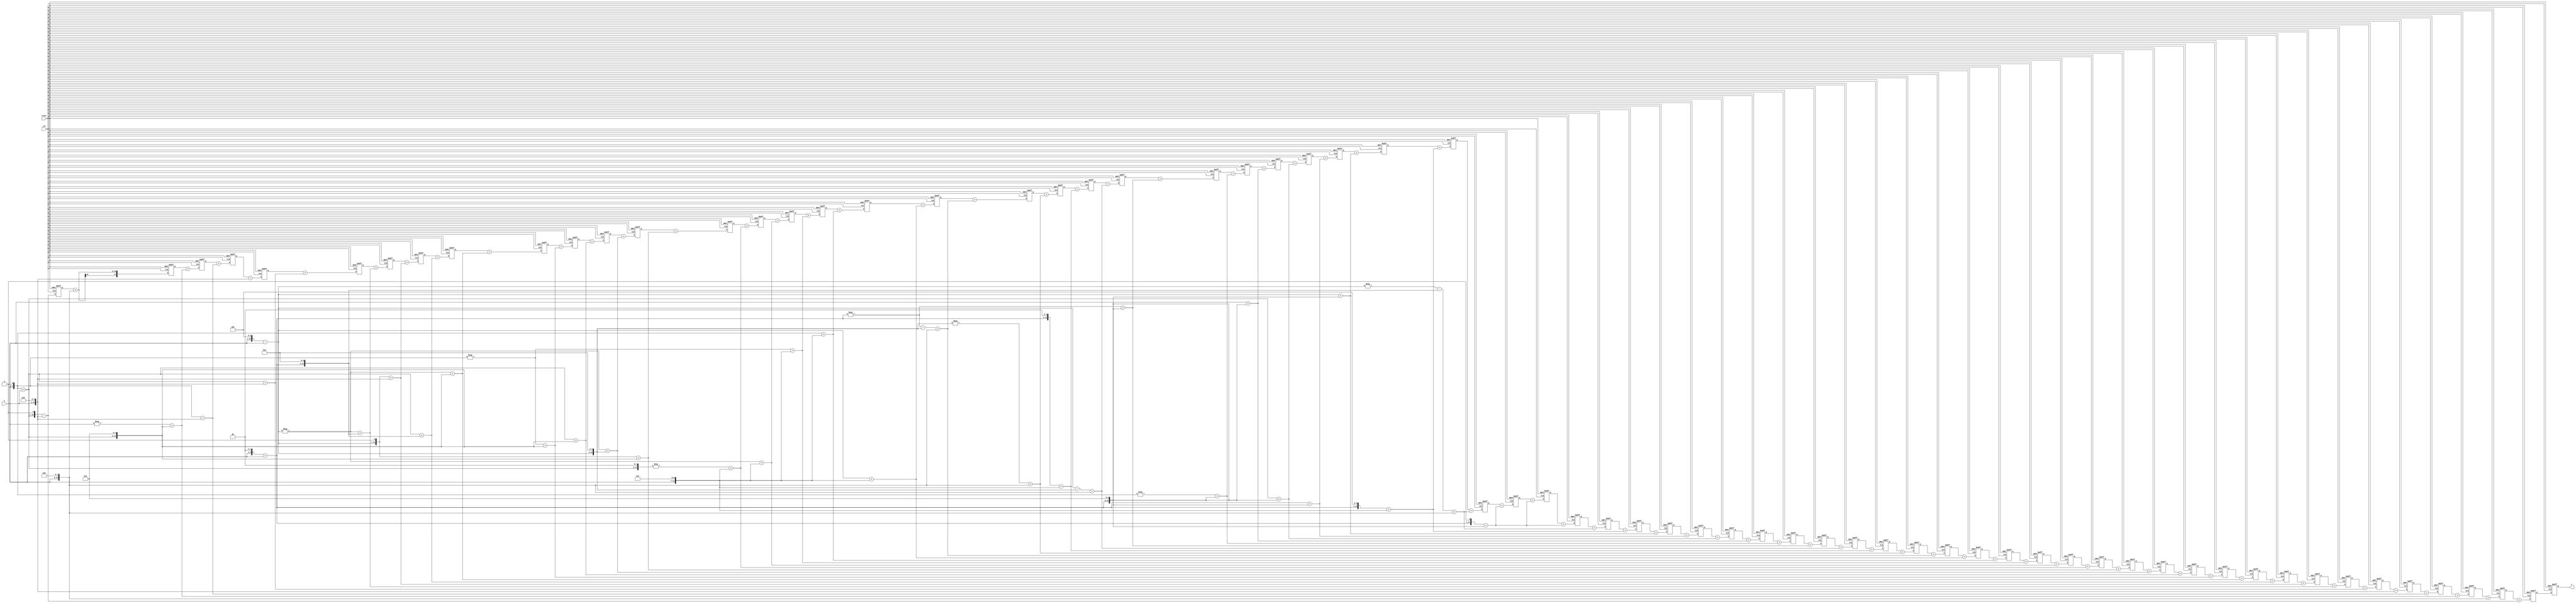
// This program was cloned from: https://github.com/HeLiangHIT/polyphase_filter_prj
// License: MIT License

/*---------------------------------------------------------------------------*
* This solution is produced by FIR Filter Generator (FFG) based on the       *
* Radix-2^r Multiple-Constant-Multiplication (MCM) algorithm developed       *
* by A.K. Oudjida. The FFG program is writen by M.L. Berrandjia based on     * 
* the FFG specifications given by A. Liacha.                                 *
* Copyright (c) 2015 CDTA (www.cdta.dz). Personal use of this material is    *
* permitted. However, permission to use this material for any other purposes *
* must be obtained from the CDTA by sending an email to a_oudjida@cdta.dz    *
*----------------------------------------------------------------------------*/

// FIR filter generator (release version 1.0.0)

module radix_fir_65 (clk, reset, X, Y); 

//Parameters
parameter word_size_in = 8; // Bit-size of the filter input X 
parameter word_size_out = 23; // Bit-size of the filter output Y, 
                              // word_size_out = word_size_in + ceil(log2(sum(abs(Ci))))+1

//Inputs & Outputs
input clk, reset;
input signed [word_size_in-1:0] X;   // Filter input in two's complement representation
output signed [word_size_out-1:0] Y; // Filter output in two's complement representation

reg  [word_size_out-1:0] Y;

// MCM bloc
// Radix-2^r MCM solution of the reduced set (Hmin set) including positive/odd constants only

// Radix-2^r odd-multiples
wire signed [word_size_in:0] x1;
wire signed [10:0] x3;
wire signed [11:0] x5;
wire signed [11:0] x7;
assign x1 = X;
assign x3 = +(x1<<1)+(x1<<0);
assign x5 = +(x1<<2)+(x1<<0);
assign x7 = +(x1<<3)-(x1<<0);

// Hmin set
wire signed  [14:0] x_58;  // coefficients_size = word_size_in + ceil(log2(Ci))
wire signed  [17:0] x256;
wire signed  [15:0] x95;
wire signed  [15:0] x66;
wire signed  [15:0] x64;
wire signed  [15:0] x67;
wire signed  [15:0] x73;
wire signed  [15:0] x78;
wire signed  [15:0] x83;
wire signed  [15:0] x89;
wire signed  [15:0] x94;
wire signed  [15:0] x99;
wire signed  [15:0] x105;
wire signed  [15:0] x110;
wire signed  [15:0] x116;
wire signed  [15:0] x121;
wire signed  [15:0] x126;
wire signed  [16:0] x130;
wire signed  [16:0] x135;
wire signed  [16:0] x139;
wire signed  [16:0] x144;
wire signed  [16:0] x148;
wire signed  [16:0] x151;
wire signed  [16:0] x155;
wire signed  [16:0] x158;
wire signed  [16:0] x161;
wire signed  [16:0] x163;
wire signed  [16:0] x165;
wire signed  [16:0] x167;
wire signed  [16:0] x168;
wire signed  [16:0] x169;
wire signed  [16:0] x170;

// Radix-2^r recoding of the Hmin set
assign x_58 = +(x3<<1)-(x1<<6);
assign x256 = +(x1<<8);
assign x95 = -(x1<<0)+(x3<<5);
assign x66 = +(x1<<1)+(x1<<6);
assign x64 = +(x1<<6);
assign x67 = +(x3<<0)+(x1<<6);
assign x73 = -(x7<<0)+(x5<<4);
assign x78 = +(x7<<1)+(x1<<6);
assign x83 = +(x3<<0)+(x5<<4);
assign x89 = -(x7<<0)+(x3<<5);
assign x94 = -(x1<<1)+(x3<<5);
assign x99 = +(x3<<0)+(x3<<5);
assign x105 = -(x7<<0)+(x7<<4);
assign x110 = +(x7<<1)+(x3<<5);
assign x116 = -(x3<<2)+(x1<<7);
assign x121 = -(x7<<0)+(x1<<7);
assign x126 = -(x1<<1)+(x1<<7);
assign x130 = +(x1<<1)+(x1<<7);
assign x135 = +(x7<<0)+(x1<<7);
assign x139 = -(x5<<0)-(x7<<4)+(x1<<8);
assign x144 = -(x7<<4)+(x1<<8);
assign x148 = +(x5<<2)+(x1<<7);
assign x151 = +(x7<<0)-(x7<<4)+(x1<<8);
assign x155 = -(x5<<0)+(x5<<5);
assign x158 = -(x1<<1)+(x5<<5);
assign x161 = +(x1<<0)+(x5<<5);
assign x163 = +(x3<<0)+(x5<<5);
assign x165 = +(x5<<0)+(x5<<5);
assign x167 = +(x7<<0)+(x5<<5);
assign x168 = +(x5<<3)+(x1<<7);
assign x169 = -(x7<<0)-(x5<<4)+(x1<<8);
assign x170 = +(x5<<1)+(x5<<5);

// SCM_i = Ci x X
wire signed  [14:0] SCM_0;  //SCM_i_size = word_size_in + ceil(log2(Ci))
wire signed  [17:0] SCM_1;
wire signed  [15:0] SCM_2;
wire signed  [15:0] SCM_3;
wire signed  [15:0] SCM_4;
wire signed  [15:0] SCM_5;
wire signed  [15:0] SCM_6;
wire signed  [15:0] SCM_7;
wire signed  [15:0] SCM_8;
wire signed  [15:0] SCM_9;
wire signed  [15:0] SCM_10;
wire signed  [15:0] SCM_11;
wire signed  [15:0] SCM_12;
wire signed  [15:0] SCM_13;
wire signed  [15:0] SCM_14;
wire signed  [15:0] SCM_15;
wire signed  [15:0] SCM_16;
wire signed  [16:0] SCM_17;
wire signed  [16:0] SCM_18;
wire signed  [16:0] SCM_19;
wire signed  [16:0] SCM_20;
wire signed  [16:0] SCM_21;
wire signed  [16:0] SCM_22;
wire signed  [16:0] SCM_23;
wire signed  [16:0] SCM_24;
wire signed  [16:0] SCM_25;
wire signed  [16:0] SCM_26;
wire signed  [16:0] SCM_27;
wire signed  [16:0] SCM_28;
wire signed  [16:0] SCM_29;
wire signed  [16:0] SCM_30;
wire signed  [16:0] SCM_31;
wire signed  [16:0] SCM_32;
wire signed  [16:0] SCM_33;
wire signed  [16:0] SCM_34;
wire signed  [16:0] SCM_35;
wire signed  [16:0] SCM_36;
wire signed  [16:0] SCM_37;
wire signed  [16:0] SCM_38;
wire signed  [16:0] SCM_39;
wire signed  [16:0] SCM_40;
wire signed  [16:0] SCM_41;
wire signed  [16:0] SCM_42;
wire signed  [16:0] SCM_43;
wire signed  [16:0] SCM_44;
wire signed  [16:0] SCM_45;
wire signed  [16:0] SCM_46;
wire signed  [16:0] SCM_47;
wire signed  [15:0] SCM_48;
wire signed  [15:0] SCM_49;
wire signed  [15:0] SCM_50;
wire signed  [15:0] SCM_51;
wire signed  [15:0] SCM_52;
wire signed  [15:0] SCM_53;
wire signed  [15:0] SCM_54;
wire signed  [15:0] SCM_55;
wire signed  [15:0] SCM_56;
wire signed  [15:0] SCM_57;
wire signed  [15:0] SCM_58;
wire signed  [15:0] SCM_59;
wire signed  [15:0] SCM_60;
wire signed  [15:0] SCM_61;
wire signed  [15:0] SCM_62;
wire signed  [17:0] SCM_63;
wire signed  [14:0] SCM_64;

assign SCM_0 = x_58;
assign SCM_1 = x256;
assign SCM_2 = x95;
assign SCM_3 = x66;
assign SCM_4 = x64;
assign SCM_5 = x67;
assign SCM_6 = x73;
assign SCM_7 = x78;
assign SCM_8 = x83;
assign SCM_9 = x89;
assign SCM_10 = x94;
assign SCM_11 = x99;
assign SCM_12 = x105;
assign SCM_13 = x110;
assign SCM_14 = x116;
assign SCM_15 = x121;
assign SCM_16 = x126;
assign SCM_17 = x130;
assign SCM_18 = x135;
assign SCM_19 = x139;
assign SCM_20 = x144;
assign SCM_21 = x148;
assign SCM_22 = x151;
assign SCM_23 = x155;
assign SCM_24 = x158;
assign SCM_25 = x161;
assign SCM_26 = x163;
assign SCM_27 = x165;
assign SCM_28 = x167;
assign SCM_29 = x168;
assign SCM_30 = x169;
assign SCM_31 = x170;
assign SCM_32 = x170;
assign SCM_33 = x170;
assign SCM_34 = x169;
assign SCM_35 = x168;
assign SCM_36 = x167;
assign SCM_37 = x165;
assign SCM_38 = x163;
assign SCM_39 = x161;
assign SCM_40 = x158;
assign SCM_41 = x155;
assign SCM_42 = x151;
assign SCM_43 = x148;
assign SCM_44 = x144;
assign SCM_45 = x139;
assign SCM_46 = x135;
assign SCM_47 = x130;
assign SCM_48 = x126;
assign SCM_49 = x121;
assign SCM_50 = x116;
assign SCM_51 = x110;
assign SCM_52 = x105;
assign SCM_53 = x99;
assign SCM_54 = x94;
assign SCM_55 = x89;
assign SCM_56 = x83;
assign SCM_57 = x78;
assign SCM_58 = x73;
assign SCM_59 = x67;
assign SCM_60 = x64;
assign SCM_61 = x66;
assign SCM_62 = x95;
assign SCM_63 = x256;
assign SCM_64 = x_58;

// MAC_i is the register i in the adder structure of the filter
reg signed  [22:0] MAC_0; //MAC_i_size = word_size_in + ceil(log2(Sum(Ci)))
reg signed  [21:0] MAC_1;
reg signed  [21:0] MAC_2;
reg signed  [21:0] MAC_3;
reg signed  [21:0] MAC_4;
reg signed  [21:0] MAC_5;
reg signed  [21:0] MAC_6;
reg signed  [21:0] MAC_7;
reg signed  [21:0] MAC_8;
reg signed  [21:0] MAC_9;
reg signed  [21:0] MAC_10;
reg signed  [21:0] MAC_11;
reg signed  [21:0] MAC_12;
reg signed  [21:0] MAC_13;
reg signed  [21:0] MAC_14;
reg signed  [21:0] MAC_15;
reg signed  [21:0] MAC_16;
reg signed  [21:0] MAC_17;
reg signed  [21:0] MAC_18;
reg signed  [21:0] MAC_19;
reg signed  [21:0] MAC_20;
reg signed  [21:0] MAC_21;
reg signed  [21:0] MAC_22;
reg signed  [21:0] MAC_23;
reg signed  [21:0] MAC_24;
reg signed  [21:0] MAC_25;
reg signed  [21:0] MAC_26;
reg signed  [21:0] MAC_27;
reg signed  [21:0] MAC_28;
reg signed  [21:0] MAC_29;
reg signed  [21:0] MAC_30;
reg signed  [21:0] MAC_31;
reg signed  [21:0] MAC_32;
reg signed  [20:0] MAC_33;
reg signed  [20:0] MAC_34;
reg signed  [20:0] MAC_35;
reg signed  [20:0] MAC_36;
reg signed  [20:0] MAC_37;
reg signed  [20:0] MAC_38;
reg signed  [20:0] MAC_39;
reg signed  [20:0] MAC_40;
reg signed  [20:0] MAC_41;
reg signed  [20:0] MAC_42;
reg signed  [20:0] MAC_43;
reg signed  [20:0] MAC_44;
reg signed  [20:0] MAC_45;
reg signed  [19:0] MAC_46;
reg signed  [19:0] MAC_47;
reg signed  [19:0] MAC_48;
reg signed  [19:0] MAC_49;
reg signed  [19:0] MAC_50;
reg signed  [19:0] MAC_51;
reg signed  [19:0] MAC_52;
reg signed  [19:0] MAC_53;
reg signed  [18:0] MAC_54;
reg signed  [18:0] MAC_55;
reg signed  [18:0] MAC_56;
reg signed  [18:0] MAC_57;
reg signed  [18:0] MAC_58;
reg signed  [18:0] MAC_59;
reg signed  [18:0] MAC_60;
reg signed  [17:0] MAC_61;
reg signed  [17:0] MAC_62;
reg signed  [17:0] MAC_63;
reg signed  [14:0] MAC_64;

wire signed  [22:0] Y_in;

always @(posedge clk or negedge reset) begin
  if(~reset) begin
    reset_reg;
  end
  else begin
    init_reg;
    Y <= Y_in;
    MAC_0 <=  MAC_1 + SCM_0;
    MAC_1 <=  MAC_2 + SCM_1;
    MAC_2 <=  MAC_3 + SCM_2;
    MAC_3 <=  MAC_4 + SCM_3;
    MAC_4 <=  MAC_5 + SCM_4;
    MAC_5 <=  MAC_6 + SCM_5;
    MAC_6 <=  MAC_7 + SCM_6;
    MAC_7 <=  MAC_8 + SCM_7;
    MAC_8 <=  MAC_9 + SCM_8;
    MAC_9 <=  MAC_10 + SCM_9;
    MAC_10 <=  MAC_11 + SCM_10;
    MAC_11 <=  MAC_12 + SCM_11;
    MAC_12 <=  MAC_13 + SCM_12;
    MAC_13 <=  MAC_14 + SCM_13;
    MAC_14 <=  MAC_15 + SCM_14;
    MAC_15 <=  MAC_16 + SCM_15;
    MAC_16 <=  MAC_17 + SCM_16;
    MAC_17 <=  MAC_18 + SCM_17;
    MAC_18 <=  MAC_19 + SCM_18;
    MAC_19 <=  MAC_20 + SCM_19;
    MAC_20 <=  MAC_21 + SCM_20;
    MAC_21 <=  MAC_22 + SCM_21;
    MAC_22 <=  MAC_23 + SCM_22;
    MAC_23 <=  MAC_24 + SCM_23;
    MAC_24 <=  MAC_25 + SCM_24;
    MAC_25 <=  MAC_26 + SCM_25;
    MAC_26 <=  MAC_27 + SCM_26;
    MAC_27 <=  MAC_28 + SCM_27;
    MAC_28 <=  MAC_29 + SCM_28;
    MAC_29 <=  MAC_30 + SCM_29;
    MAC_30 <=  MAC_31 + SCM_30;
    MAC_31 <=  MAC_32 + SCM_31;
    MAC_32 <=  MAC_33 + SCM_32;
    MAC_33 <=  MAC_34 + SCM_33;
    MAC_34 <=  MAC_35 + SCM_34;
    MAC_35 <=  MAC_36 + SCM_35;
    MAC_36 <=  MAC_37 + SCM_36;
    MAC_37 <=  MAC_38 + SCM_37;
    MAC_38 <=  MAC_39 + SCM_38;
    MAC_39 <=  MAC_40 + SCM_39;
    MAC_40 <=  MAC_41 + SCM_40;
    MAC_41 <=  MAC_42 + SCM_41;
    MAC_42 <=  MAC_43 + SCM_42;
    MAC_43 <=  MAC_44 + SCM_43;
    MAC_44 <=  MAC_45 + SCM_44;
    MAC_45 <=  MAC_46 + SCM_45;
    MAC_46 <=  MAC_47 + SCM_46;
    MAC_47 <=  MAC_48 + SCM_47;
    MAC_48 <=  MAC_49 + SCM_48;
    MAC_49 <=  MAC_50 + SCM_49;
    MAC_50 <=  MAC_51 + SCM_50;
    MAC_51 <=  MAC_52 + SCM_51;
    MAC_52 <=  MAC_53 + SCM_52;
    MAC_53 <=  MAC_54 + SCM_53;
    MAC_54 <=  MAC_55 + SCM_54;
    MAC_55 <=  MAC_56 + SCM_55;
    MAC_56 <=  MAC_57 + SCM_56;
    MAC_57 <=  MAC_58 + SCM_57;
    MAC_58 <=  MAC_59 + SCM_58;
    MAC_59 <=  MAC_60 + SCM_59;
    MAC_60 <=  MAC_61 + SCM_60;
    MAC_61 <=  MAC_62 + SCM_61;
    MAC_62 <=  MAC_63 + SCM_62;
    MAC_63 <=  MAC_64 + SCM_63;
    MAC_64 <=  SCM_64;
  end
end

assign Y_in = MAC_0;

// Tasks

task reset_reg;
  begin
    MAC_0 <=  0;
    MAC_1 <=  0;
    MAC_2 <=  0;
    MAC_3 <=  0;
    MAC_4 <=  0;
    MAC_5 <=  0;
    MAC_6 <=  0;
    MAC_7 <=  0;
    MAC_8 <=  0;
    MAC_9 <=  0;
    MAC_10 <=  0;
    MAC_11 <=  0;
    MAC_12 <=  0;
    MAC_13 <=  0;
    MAC_14 <=  0;
    MAC_15 <=  0;
    MAC_16 <=  0;
    MAC_17 <=  0;
    MAC_18 <=  0;
    MAC_19 <=  0;
    MAC_20 <=  0;
    MAC_21 <=  0;
    MAC_22 <=  0;
    MAC_23 <=  0;
    MAC_24 <=  0;
    MAC_25 <=  0;
    MAC_26 <=  0;
    MAC_27 <=  0;
    MAC_28 <=  0;
    MAC_29 <=  0;
    MAC_30 <=  0;
    MAC_31 <=  0;
    MAC_32 <=  0;
    MAC_33 <=  0;
    MAC_34 <=  0;
    MAC_35 <=  0;
    MAC_36 <=  0;
    MAC_37 <=  0;
    MAC_38 <=  0;
    MAC_39 <=  0;
    MAC_40 <=  0;
    MAC_41 <=  0;
    MAC_42 <=  0;
    MAC_43 <=  0;
    MAC_44 <=  0;
    MAC_45 <=  0;
    MAC_46 <=  0;
    MAC_47 <=  0;
    MAC_48 <=  0;
    MAC_49 <=  0;
    MAC_50 <=  0;
    MAC_51 <=  0;
    MAC_52 <=  0;
    MAC_53 <=  0;
    MAC_54 <=  0;
    MAC_55 <=  0;
    MAC_56 <=  0;
    MAC_57 <=  0;
    MAC_58 <=  0;
    MAC_59 <=  0;
    MAC_60 <=  0;
    MAC_61 <=  0;
    MAC_62 <=  0;
    MAC_63 <=  0;
    MAC_64 <=  0;
    Y <= 0;
  end
endtask

task init_reg;
  begin
    Y <= Y;
    MAC_0 <=  MAC_0;
    MAC_1 <=  MAC_1;
    MAC_2 <=  MAC_2;
    MAC_3 <=  MAC_3;
    MAC_4 <=  MAC_4;
    MAC_5 <=  MAC_5;
    MAC_6 <=  MAC_6;
    MAC_7 <=  MAC_7;
    MAC_8 <=  MAC_8;
    MAC_9 <=  MAC_9;
    MAC_10 <=  MAC_10;
    MAC_11 <=  MAC_11;
    MAC_12 <=  MAC_12;
    MAC_13 <=  MAC_13;
    MAC_14 <=  MAC_14;
    MAC_15 <=  MAC_15;
    MAC_16 <=  MAC_16;
    MAC_17 <=  MAC_17;
    MAC_18 <=  MAC_18;
    MAC_19 <=  MAC_19;
    MAC_20 <=  MAC_20;
    MAC_21 <=  MAC_21;
    MAC_22 <=  MAC_22;
    MAC_23 <=  MAC_23;
    MAC_24 <=  MAC_24;
    MAC_25 <=  MAC_25;
    MAC_26 <=  MAC_26;
    MAC_27 <=  MAC_27;
    MAC_28 <=  MAC_28;
    MAC_29 <=  MAC_29;
    MAC_30 <=  MAC_30;
    MAC_31 <=  MAC_31;
    MAC_32 <=  MAC_32;
    MAC_33 <=  MAC_33;
    MAC_34 <=  MAC_34;
    MAC_35 <=  MAC_35;
    MAC_36 <=  MAC_36;
    MAC_37 <=  MAC_37;
    MAC_38 <=  MAC_38;
    MAC_39 <=  MAC_39;
    MAC_40 <=  MAC_40;
    MAC_41 <=  MAC_41;
    MAC_42 <=  MAC_42;
    MAC_43 <=  MAC_43;
    MAC_44 <=  MAC_44;
    MAC_45 <=  MAC_45;
    MAC_46 <=  MAC_46;
    MAC_47 <=  MAC_47;
    MAC_48 <=  MAC_48;
    MAC_49 <=  MAC_49;
    MAC_50 <=  MAC_50;
    MAC_51 <=  MAC_51;
    MAC_52 <=  MAC_52;
    MAC_53 <=  MAC_53;
    MAC_54 <=  MAC_54;
    MAC_55 <=  MAC_55;
    MAC_56 <=  MAC_56;
    MAC_57 <=  MAC_57;
    MAC_58 <=  MAC_58;
    MAC_59 <=  MAC_59;
    MAC_60 <=  MAC_60;
    MAC_61 <=  MAC_61;
    MAC_62 <=  MAC_62;
    MAC_63 <=  MAC_63;
    MAC_64 <=  MAC_64;
  end
endtask

endmodule